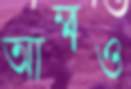
আম্মাও